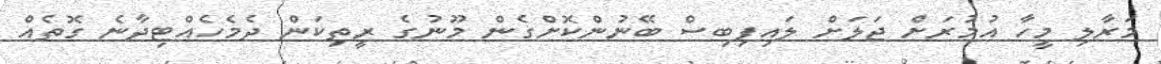
މަރާލި މީހާ އުމުރަށް ޖަލަށް ލައިފިބިސް ބޭނުންކޮށްގެން މޫނުގެ ރީތިކަން ދެމެހެއްޓިދާނެ ގޮތެއް